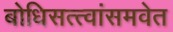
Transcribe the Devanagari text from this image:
बोधिसत्त्वांसमवेत